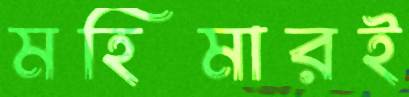
মহিমারই